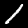
Digit: 1